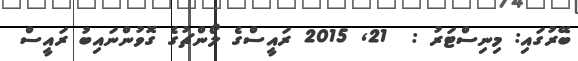
ބޭރުގައި: މިނިސްޓަރު :  21